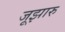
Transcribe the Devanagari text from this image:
जूझारु